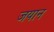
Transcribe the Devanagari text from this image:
जयान